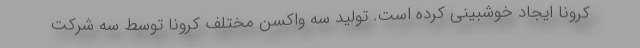
کرونا ایجاد خوشبینی کرده است. تولید سه واکسن مختلف کرونا توسط سه شرکت